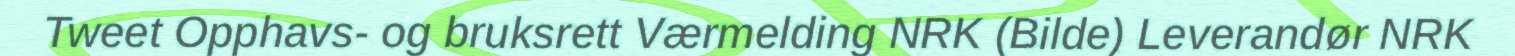
Tweet Opphavs- og bruksrett Værmelding NRK (Bilde) Leverandør NRK